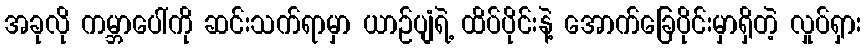
အခုလို ကမ္ဘာပေါ်ကို ဆင်းသက်ရာမှာ ယာဉ်ပျံရဲ့ ထိပ်ပိုင်းနဲ့ အောက်ခြေပိုင်းမှာရှိတဲ့ လှုပ်ရှား